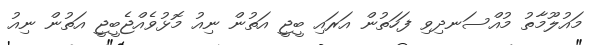
މައުލޫމާތު މުއްސަނދިވި ފަހަތުން އަރައި ބީޖީ އަތުން ނިއު މޮޅުވެއްޖެބީޖީ އަތުން ނިއު